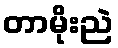
တာမိုးညဲ